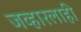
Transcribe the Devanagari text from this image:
जव्हारलाही